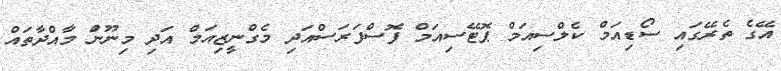
އޭގެ ތެރޭގައި ސޯޑިއަމް ކެލްސިއަމް ޕޮޓޭސިއަމް ފޮސްފަރަސްއަދި މެގްނީޒިއަމް އަދި މިނޫންަ މާއްދާތައް